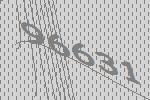
96631